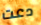
دعت